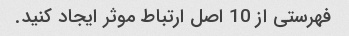
فهرستی از 10 اصل ارتباط موثر ایجاد کنید.